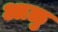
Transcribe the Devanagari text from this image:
आळु